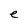
Character: e